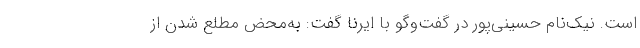
است. نیک‌نام حسینی‌پور در گفت‌وگو با ایرنا گفت: به‌محض مطلع شدن از